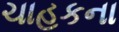
ચાહકના